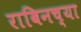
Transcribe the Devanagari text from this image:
राबिनच्या